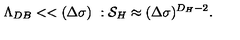
\Lambda _ { D B } < < ( \Delta \sigma ) \ : { \cal S } _ { H } \approx ( \Delta \sigma ) ^ { D _ { H } - 2 } .